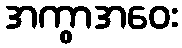
အကွာအဝေး